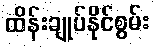
ထိန်းချုပ်နိုင်စွမ်း